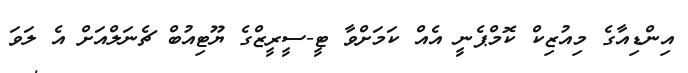
އިންޑިއާގެ މިއުޒިކް ކޮމްޕެނީ އެއް ކަމަށްވާ ޓީ-ސީީރީޒްގެ ޔޫޓިއުބް ޗެނަލްއަށް އެ ލަވަ